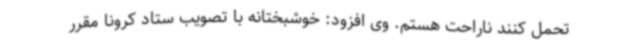
تحمل کنند ناراحت هستم. وی افزود: خوشبختانه با تصویب ستاد کرونا مقرر